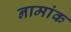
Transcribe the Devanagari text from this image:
नामांक